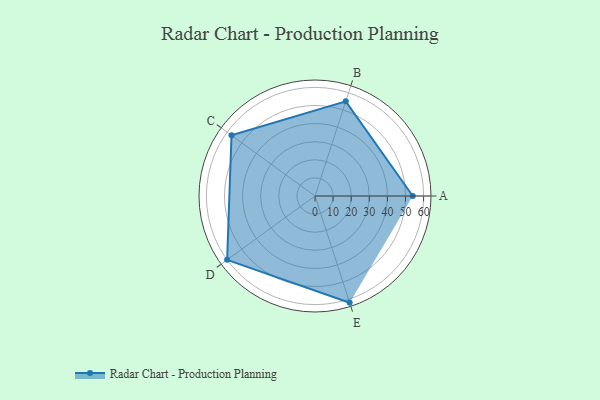
{"axis": {"x": "Skill", "y": "Score"}, "legend": ["Profile"], "data": [{"x": "A", "y": 54.0, "type": "Profile"}, {"x": "B", "y": 55.0, "type": "Profile"}, {"x": "C", "y": 57.0, "type": "Profile"}, {"x": "D", "y": 60.0, "type": "Profile"}, {"x": "E", "y": 62.0, "type": "Profile"}]}